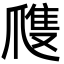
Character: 㸕